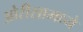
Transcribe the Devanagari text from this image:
ओरीसामध्ये